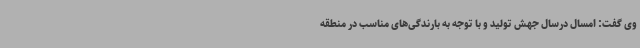
وی گفت: امسال درسال جهش تولید و با توجه به بارندگی‌های مناسب در منطقه